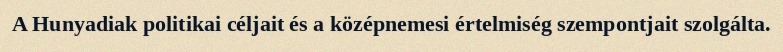
A Hunyadiak politikai céljait és a középnemesi értelmiség szempontjait szolgálta.